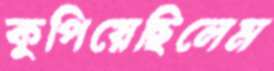
কুপিয়েছিলেম